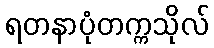
ရတနာပုံတက္ကသိုလ်